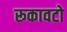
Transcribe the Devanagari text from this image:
रूकावटो